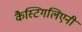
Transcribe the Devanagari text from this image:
कैस्टिगलिएनी